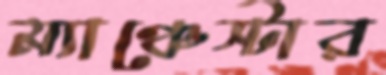
ম্যাঞ্চেস্টার